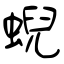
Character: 蜺